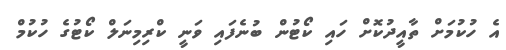
އެ ހުކުމަށް ތާއީދުކޮށް ހައި ކޯޓުން ބުނެފައި ވަނީ ކްރިމިނަލް ކޯޓުގެ ހުކުމް